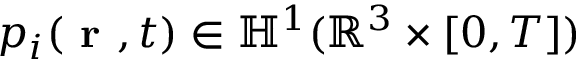
p _ { i } ( \textbf { r } , t ) \in \mathbb { H } ^ { 1 } ( \mathbb { R } ^ { 3 } \times [ 0 , T ] )